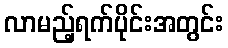
လာမည့်ရက်ပိုင်းအတွင်း